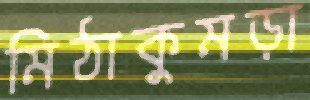
মিঠাকুমড়া